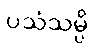
ပသံသမ္ပိ